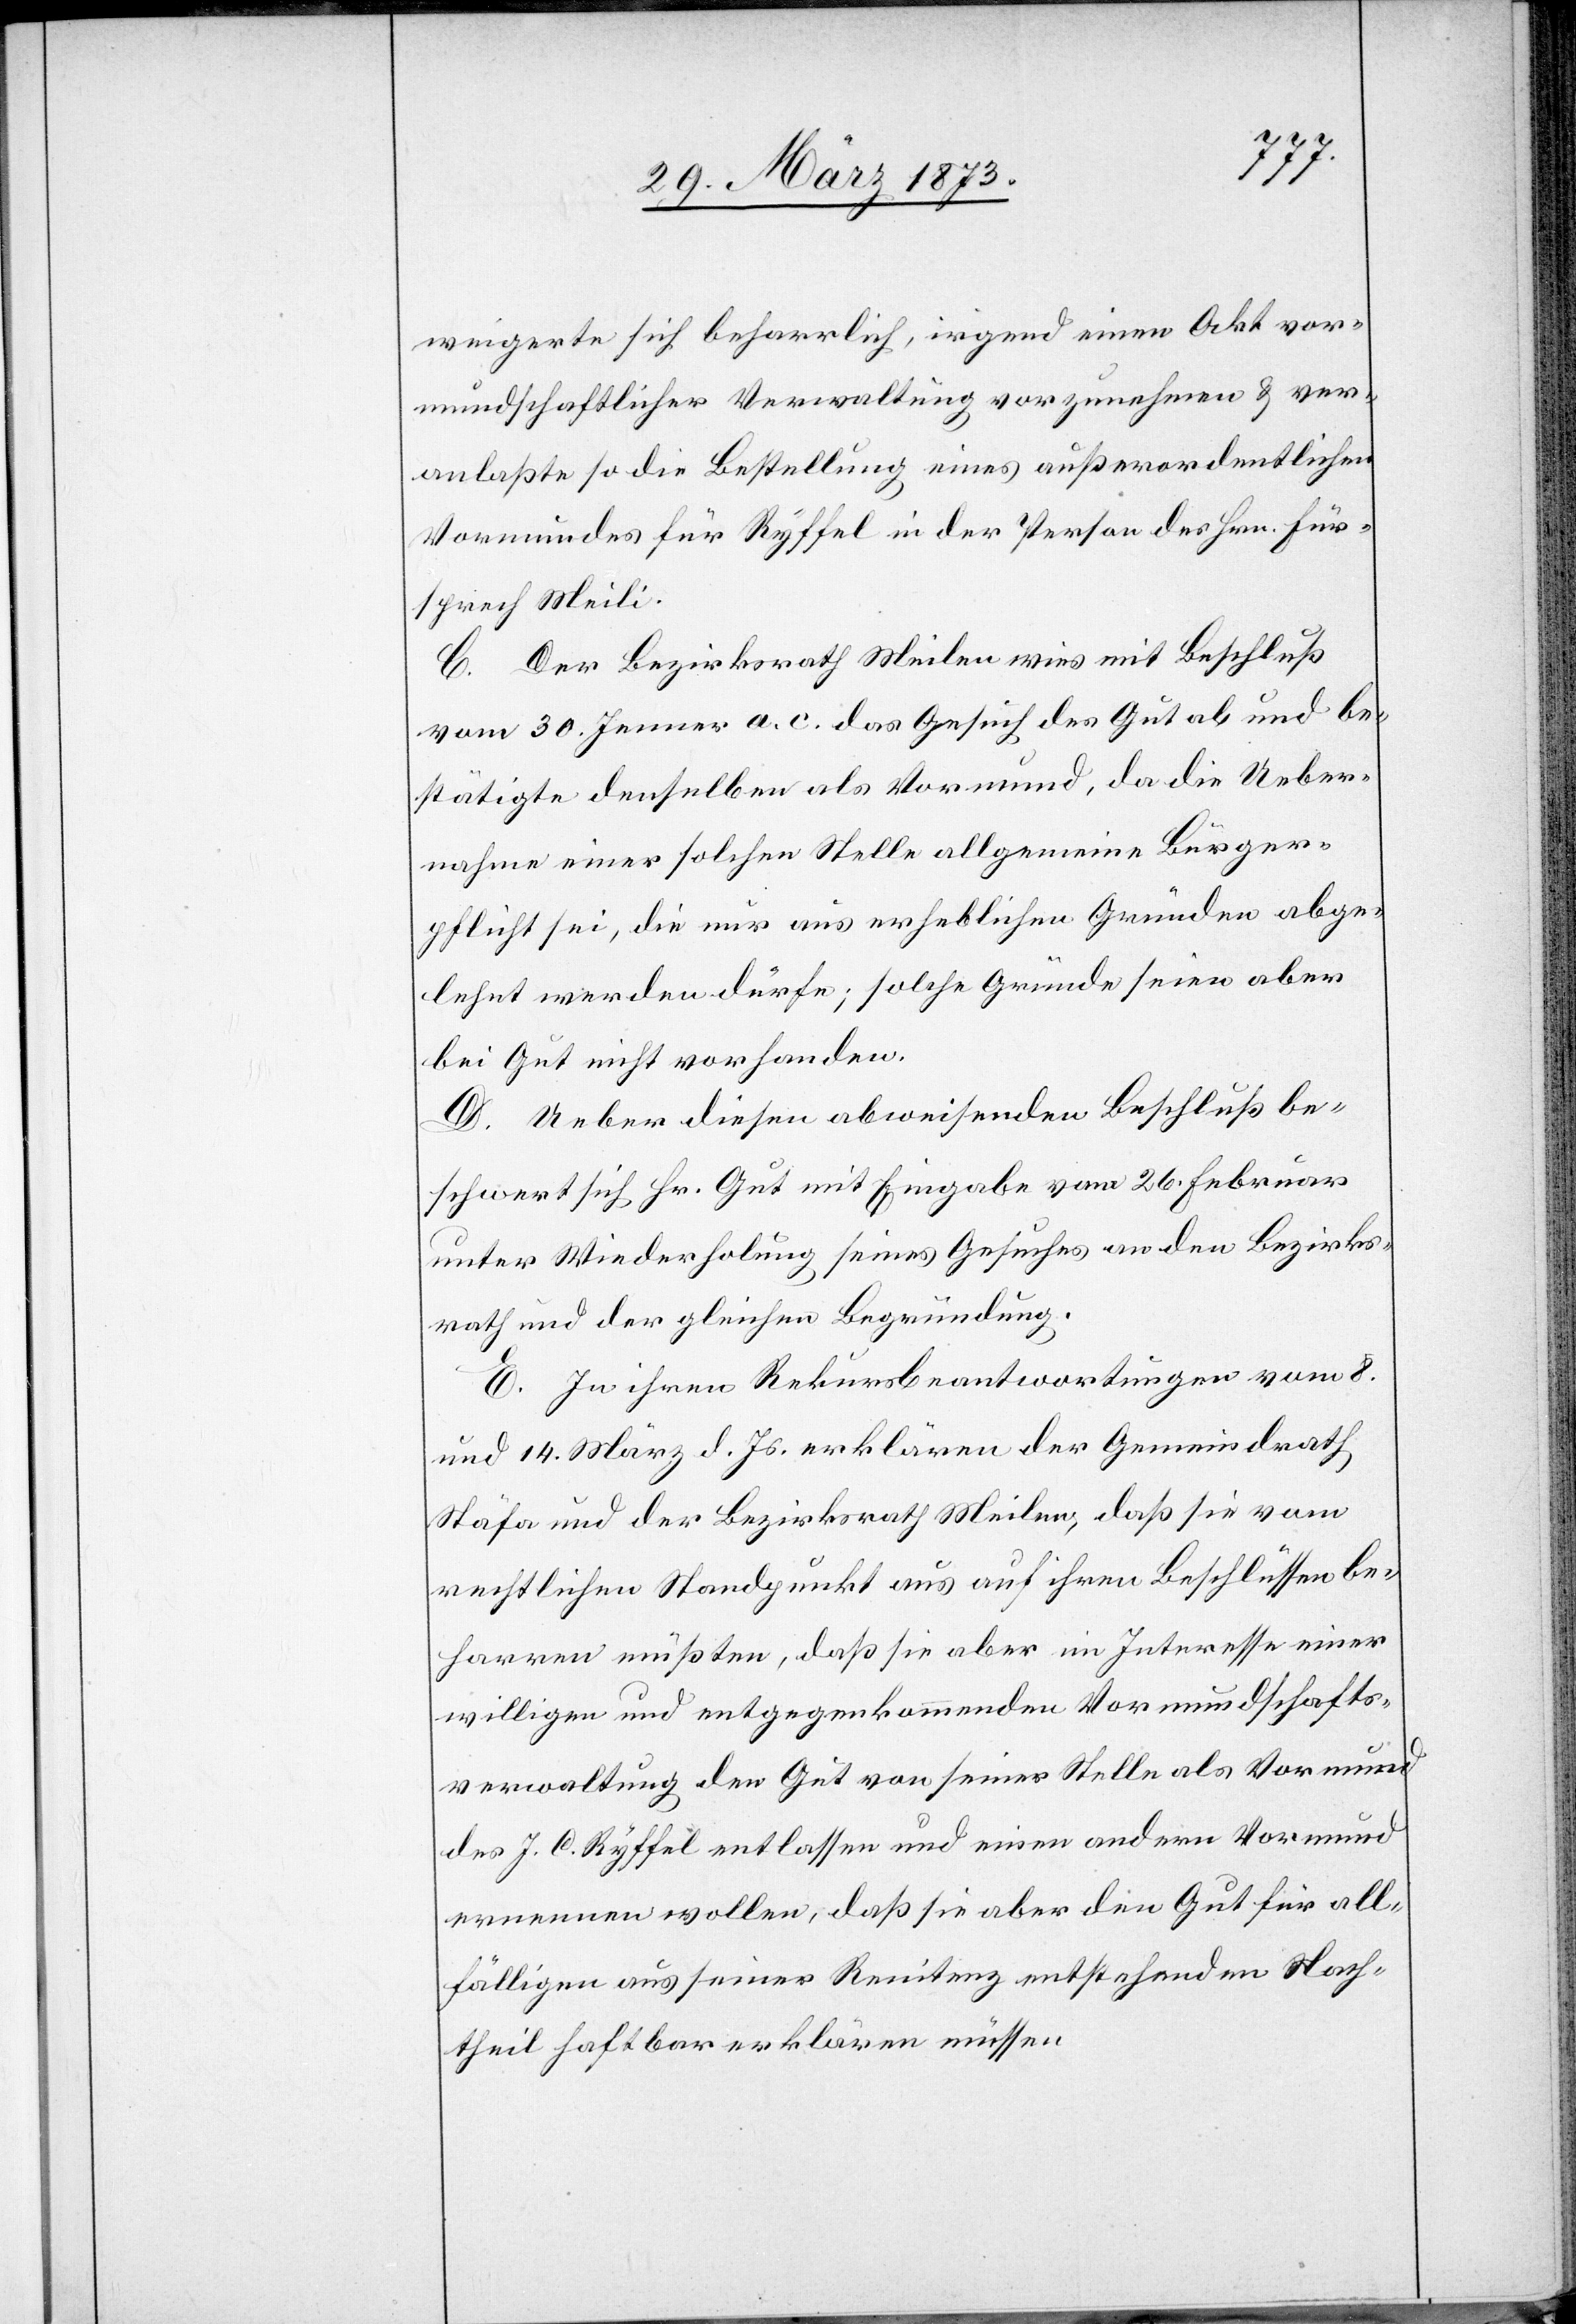
weigerte sich beharrlich, irgend einen Akt vor¬
mundschaftlicher Verwaltung vorzunehmen u. ver¬
anlaßte so die Bestellung eines außerordentlichen
Vormundes für Ryffel in der Person des Hrn. Für¬
sprech Meili.
C. Der Bezirksrath Meilen wies mit Beschluß
vom 30. Jenner a. c. das Gesuch des Gut ab und be¬
stätigte denselben als Vormund, da die Ueber¬
nahme einer solchen Stelle allgemeine Bürger¬
pflicht sei, die nur aus erheblichen Gründen abge¬
lehnt werden dürfe; solche Gründe seien aber
bei Gut nicht vorhanden.
D. Ueber diesen abweisenden Beschluß be¬
schwert sich Hr. Gut mit Eingabe vom 26. Februar
unter Wiederholung seines Gesuches an den Bezirks¬
rath und der gleichen Begründung.
E. In ihren Rekursbeantwortungen vom 8.
und 14. März d. Js. erklären der Gemeindrath
Stäfa und der Bezirksrath Meilen, daß sie vom
rechtlichen Standpunkt aus auf ihren Beschlüssen be¬
harren müßten, daß sie aber im Interesse einer
willigen und entgegenkommenden Vormundschafts¬
verwaltung den Gut von seiner Stelle als Vormund
des J. C. Ryffel entlassen und einen andern Vormund
ernennen wollen, daß sie aber den Gut für all¬
fälligen aus seiner Renitenz entstehenden Nach¬
theil haftbar erklären müssen